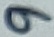
Text: 9